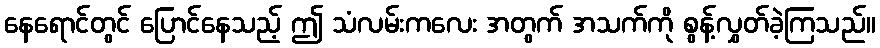
နေရောင်တွင် ပြောင်နေသည့် ဤ သံလမ်းကလေး အတွက် အသက်ကို စွန့်လွှတ်ခဲ့ကြသည်။